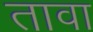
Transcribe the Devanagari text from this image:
तावा